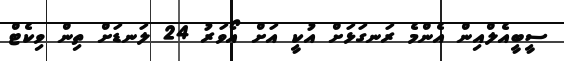
ސީބީއެލްއިން އެންމެ ރަނގަޅަށް އުކީ އަށް އޯވަރު 24 ލަނޑަށް ތިން ވިކެޓް